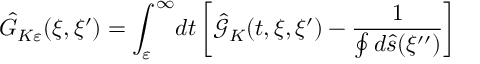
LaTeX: { \hat { G } _ { K \varepsilon } } ( \xi , \xi ^ { \prime } ) = { \int _ { \varepsilon } ^ { \infty } } d t \left[ { \hat { \mathcal { G } } _ { K } } ( t , \xi , \xi ^ { \prime } ) - { \frac { 1 } { \oint { d } \hat { s } ( \xi ^ { \prime \prime } ) } } \right]